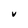
Character: V